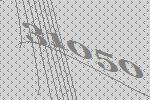
31050